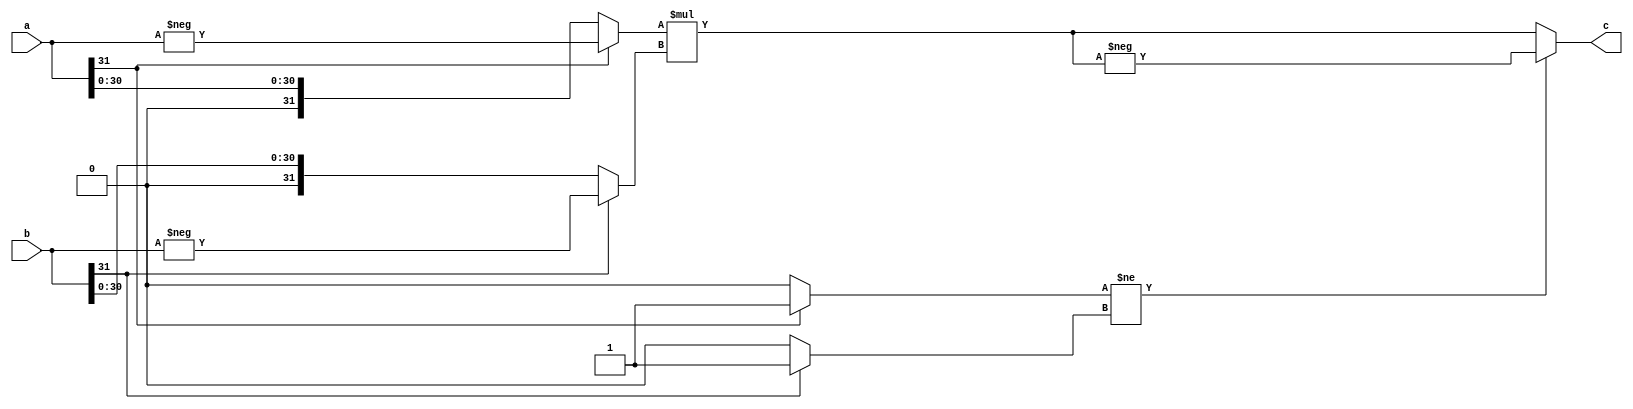
module mult_signed_32(a, b, c);
	input [31:0]a;
	input [31:0]b;
	output [63:0]c;
	reg [63:0]c;
	reg is_neg_a;
	reg is_neg_b;
	reg [31:0]a_tmp;
	reg [31:0]b_tmp;
	reg [63:0]c_tmp;
always@(a or b or is_neg_a or is_neg_b or a_tmp or b_tmp or c)
begin
	if(a[31] == 1) begin
		a_tmp = -a;
		is_neg_a = 1;
	end else
	begin
		a_tmp = a;
		is_neg_a = 0;
	end
	if(b[31] == 1) begin
		b_tmp = -b;
		is_neg_b = 1;
	end else
	begin
		b_tmp = b;
		is_neg_b = 0;
	end
	if( is_neg_a != is_neg_b) begin
		c_tmp = -(a_tmp * b_tmp);
	end else
	begin
		c_tmp = (a_tmp * b_tmp);
	end
end
always@(c_tmp)
begin
	c = c_tmp;
end
endmodule